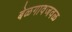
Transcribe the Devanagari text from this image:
बेळगावजवळ